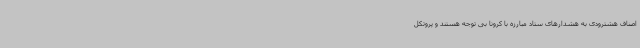
اصناف هشترودی به هشدارهای ستاد مبارزه با کرونا بی توجه هستند و پروتکل